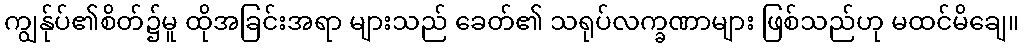
ကျွန်ုပ်၏စိတ်၌မူ ထိုအခြင်းအရာ များသည် ခေတ်၏ သရုပ်လက္ခဏာများ ဖြစ်သည်ဟု မထင်မိချေ။